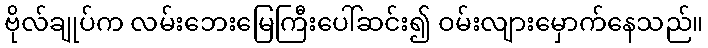
ဗိုလ်ချုပ်က လမ်းဘေးမြေကြီးပေါ်ဆင်း၍ ဝမ်းလျားမှောက်နေသည်။